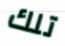
تلك